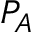
P _ { A }